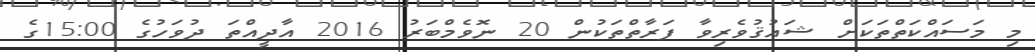
މި މަސައްކަތްތަކަށް ޝައުޤުވެރިވާ ފަރާތްތަކުން 20 ނޮވެމްބަރު 2016 އާދީއްތަ ދުވަހުގެ 15:00ގެ